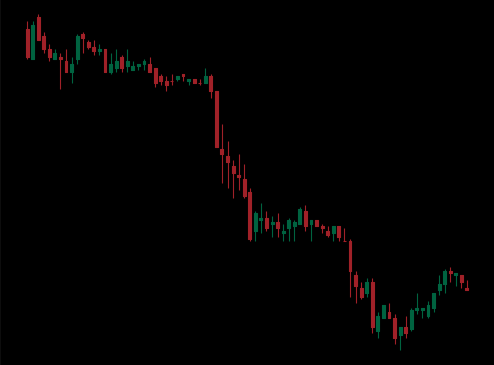
Pattern: bull_flag